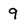
Character: 9